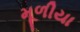
મૂળીયા